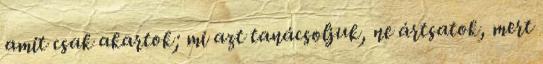
amit csak akartok; mi azt tanácsoljuk, ne ártsatok, mert